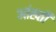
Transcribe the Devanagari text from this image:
आंख्ती